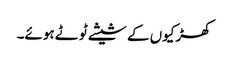
کھڑکیوں کے شیشے ٹوٹے ہوئے۔